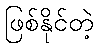
ဖြစ်နိုင်တဲ့